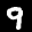
Label: 9